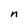
Character: n